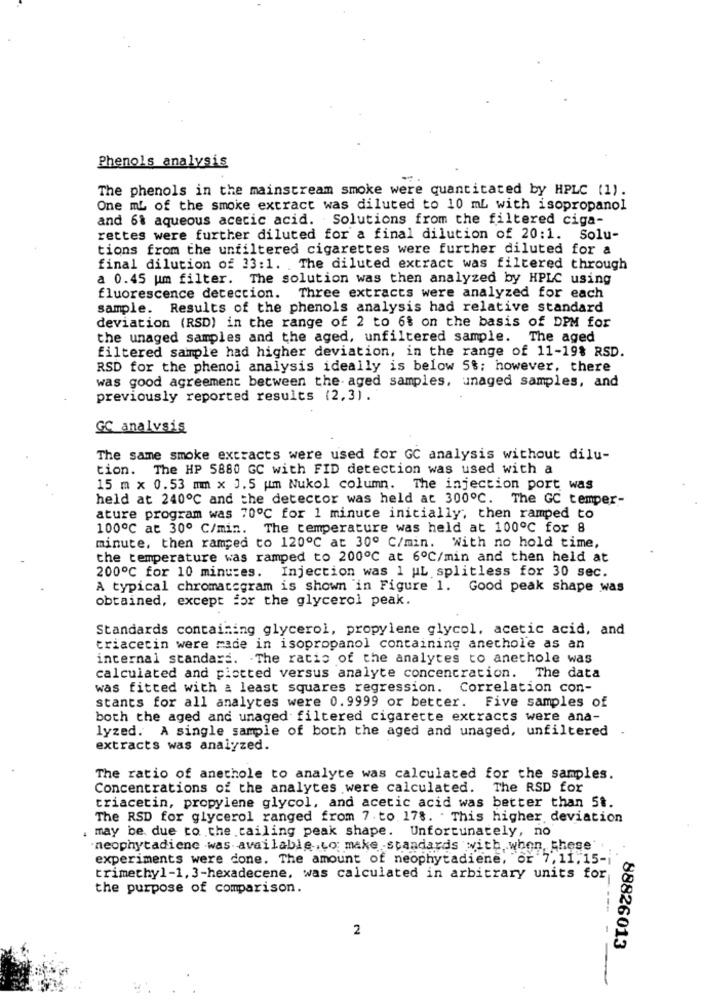
Phenols analysis
-.
The phenols in the mainstream smoke were quantitated by HPLC (1).
One mL of the smoke extract was diluted to 10 mL with isopropanol
and 6% aqueous acetic acid. Solutions from the filtered ciga-
rettes were further diluted for a final dilution of 20:1. Solu-
tions from the unfiltered cigarettes were further diluted for a
final dilution of 23:1. The diluted extract was filtered through
a 0.45 um filter. The solution was then analyzed by HPLC using
fluorescence detection.
Three extracts were analyzed for each
sample. Results of the phenols analysis had relative standard
deviation (RSD) in the range of 2 to 6% on the basis of DPM for
the unaged samples and the aged, unfiltered sample. The aged
filtered sample had higher deviation, in the range of 11-19% RSD.
RSD for the phenoi analysis ideally is below 5%; however, there
was good agreement between the- aged samples, unaged samples, and
previously reported results (2,3).
GC analvsis
The same smoke extracts were used for GC analysis without dilu-
tion. The HP 5880 GC with FID detection was used with a
15 m x 0.53 mm x 3.5 um Nukol column. The injection port was
held at 240℃ and the detector was held at 300℃. The GC temper-
ature program was 70℃ for 1 minute initially, then ramped to
100º℃ at 30º C/min. The temperature was held at 100℃ for 8
minute, then ramped to 120℃ at 30º C/min. With no hold time,
the temperature was ramped to 200℃ at 6ºC/min and then held at
200℃ for 10 minutes. Injection was 1 uL splitless for 30 sec.
A typical chromategram is shown in Figure 1. Good peak shape was
obtained, except for the glycerol peak.
Standards containing glycerol, propylene glycol, acetic acid, and
triacetin were made in isopropanol containing anechole as an
internal standard. . The ratio of the analytes to anechole was
calculated and pictted versus analyte concentration. The data
was fitted with a least squares regression. Correlation con-
stants for all analytes were 0.9999 or better. Five samples of
both the aged and unaged filtered cigarette extracts were ana-
lyzed. A single sample of both the aged and unaged, unfiltered
extracts was analyzed.
The ratio of anethole to analyte was calculated for the samples.
Concentrations of the analytes were calculated. The RSD for
triacetin, propylene glycol, and acetic acid was better than 5t.
The RSD for glycerol ranged from 7. to.178. . This higher deviation
may be due to the cailing peak shape. Unfortunately, no
"neophytadiene was available,to make -standards with, when, these
experiments were done. The amount of neophytadiene, or 7, 11.15-i
trimethyl-1, 3-hexadecene, was calculated in arbitrary units for
the purpose of comparison.
2
88826013